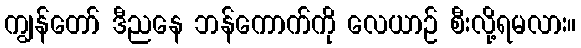
ကျွန်တော် ဒီညနေ ဘန်ကောက်ကို လေယာဉ် စီးလို့ရမလား။